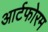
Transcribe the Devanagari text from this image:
आर्टफोरम